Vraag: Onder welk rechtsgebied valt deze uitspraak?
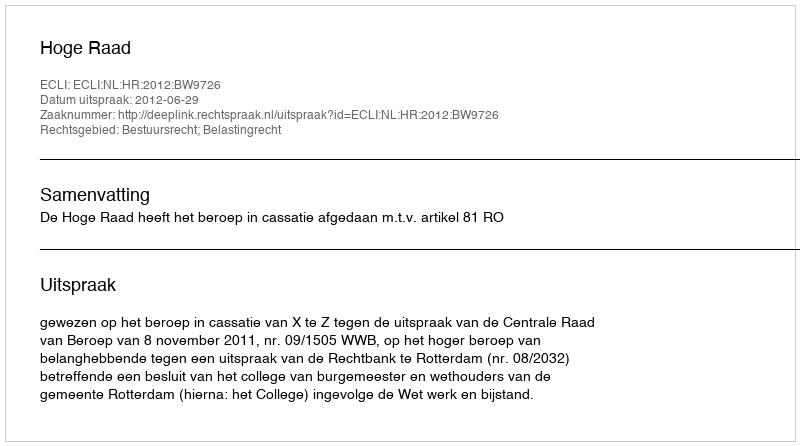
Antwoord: Bestuursrecht; Belastingrecht